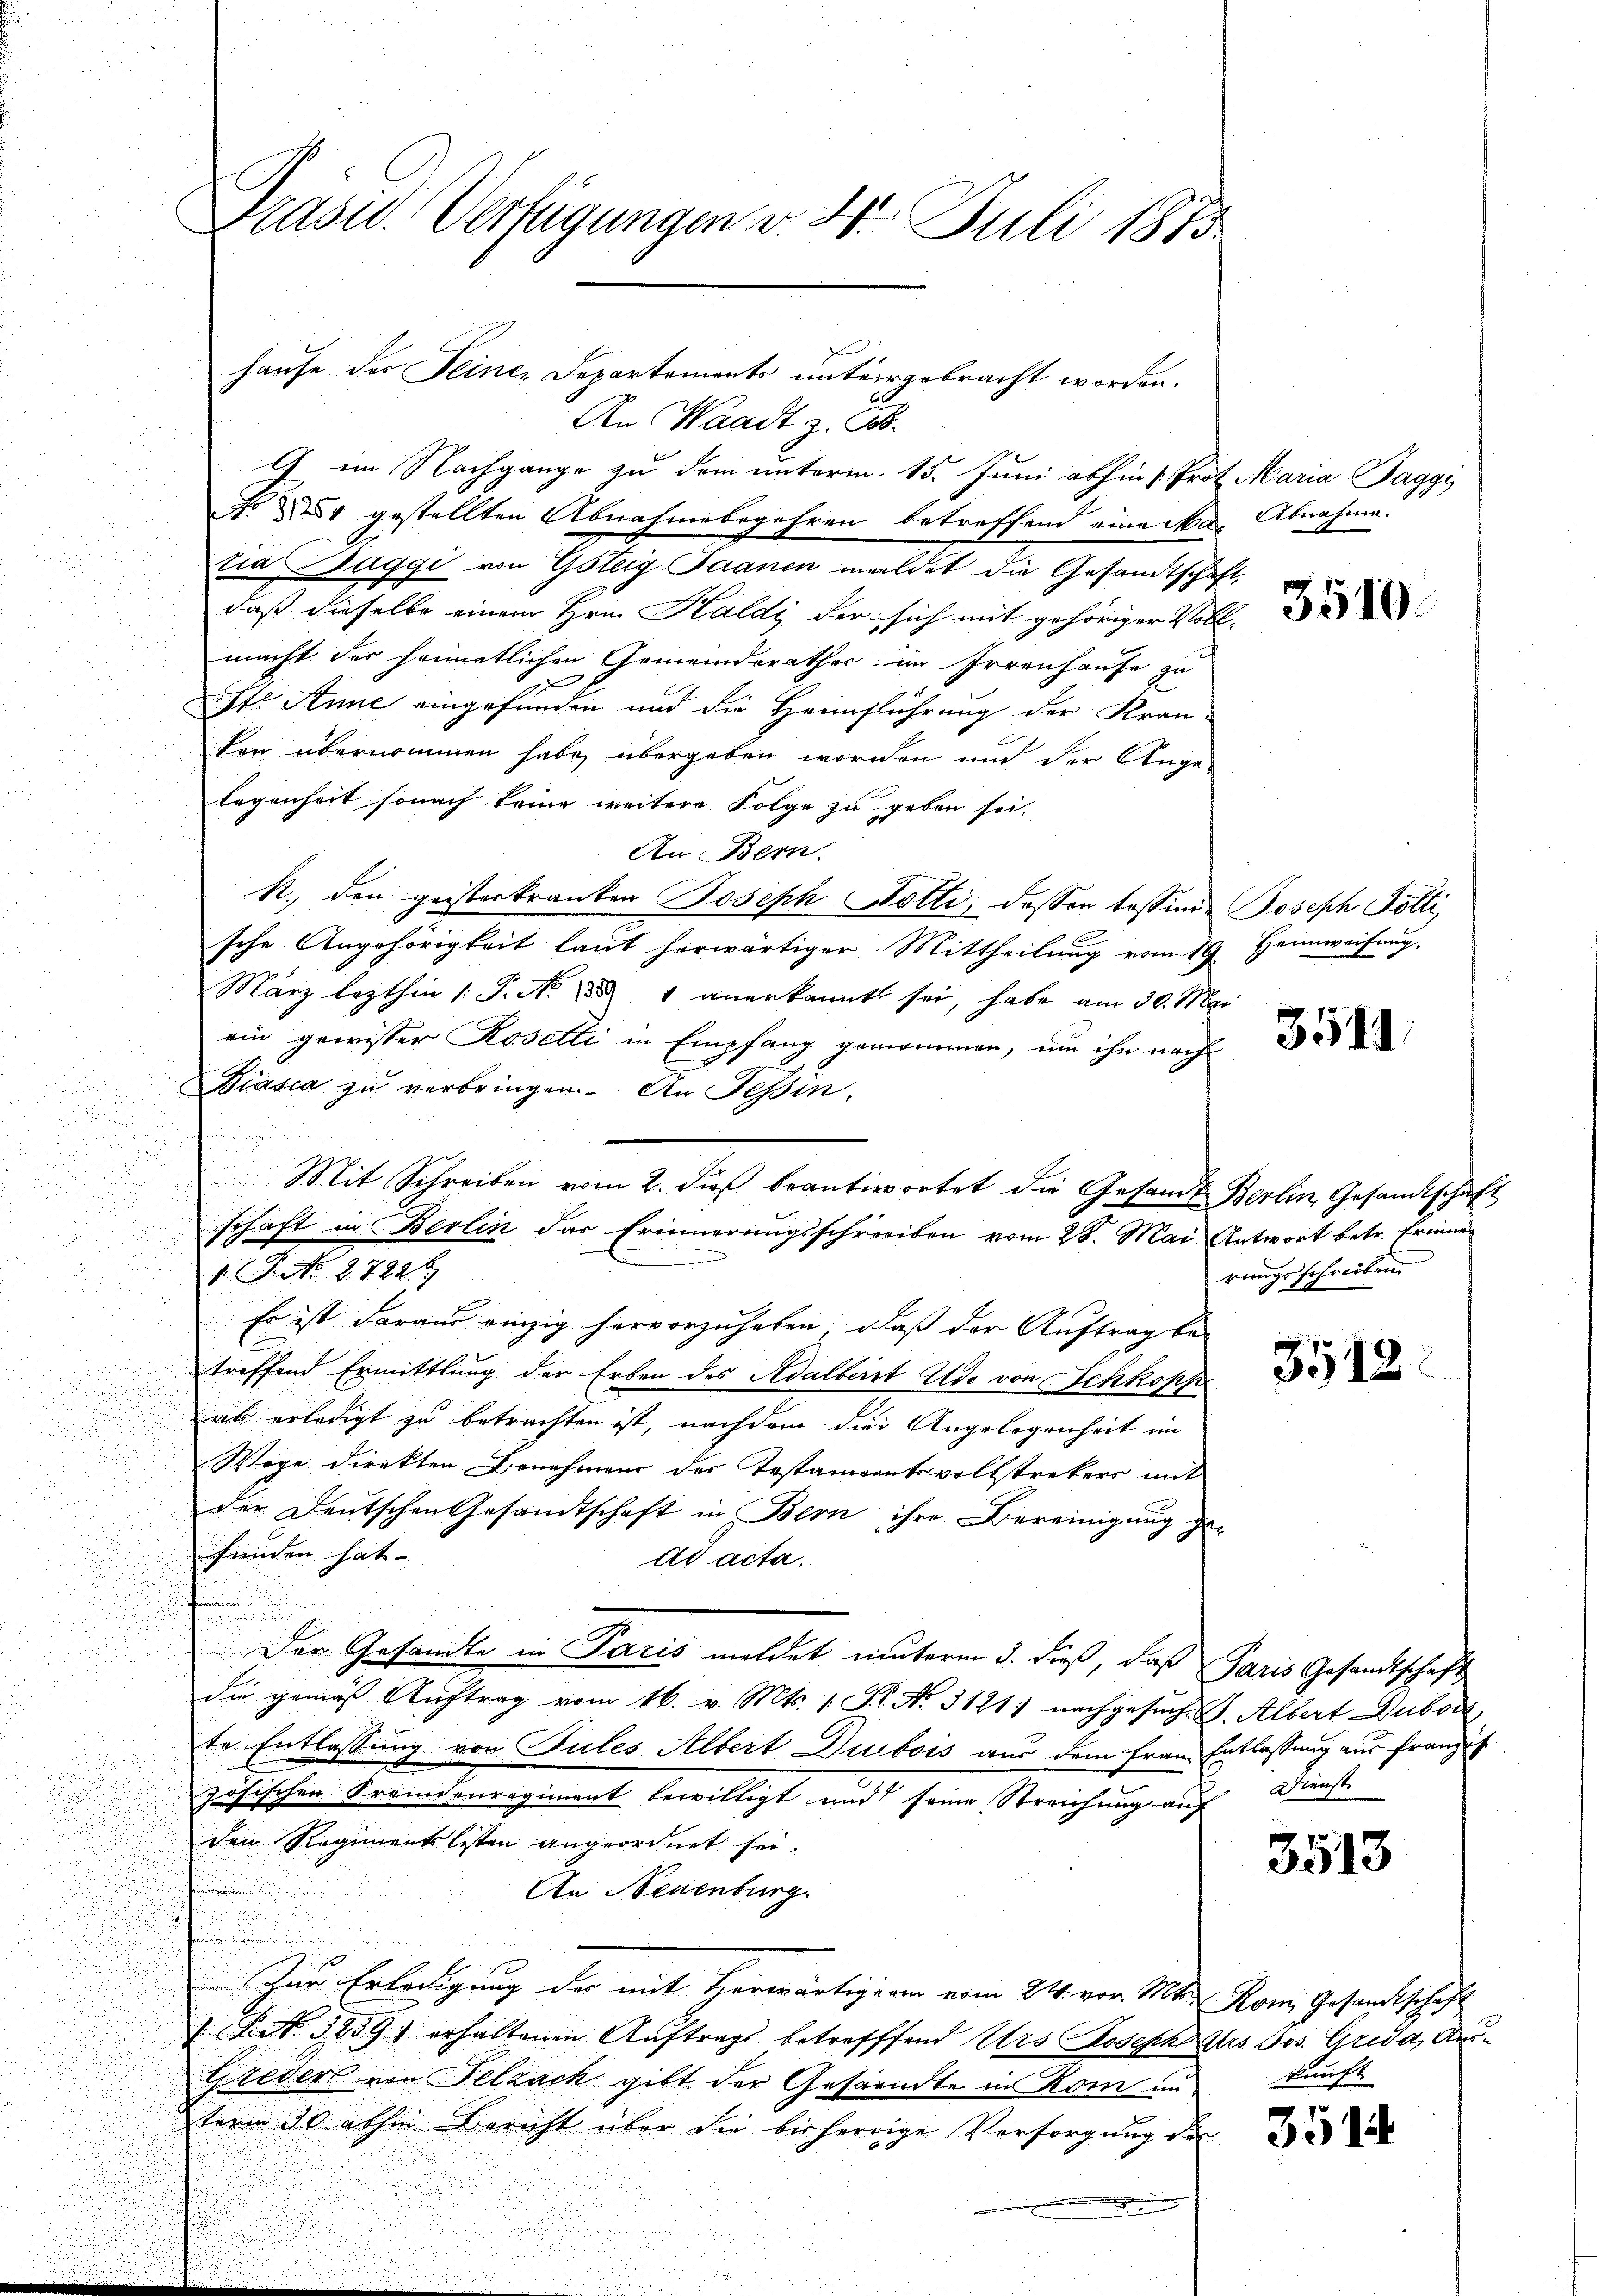
Präsid. Verfügungen v. 2. Juli 1875.

hause des Seiner Departements untergebracht worden.

An Waadt z. B.
G. im Nachgange zu dem unterm 15. Juni abhin 1. Prot. Maria Paggi
No 1 gestellten Abnahmebegehren betreffend eine Mai Abnahme.
tia Saggi von Gsteig Jaanen meldet die Gesandtschaft,
daß dieselbe einem Hrn. Haldi der sich mit gehöriger Voll-
macht der heimatlichen Gemeinderathes im Irrenhause zu
Str. Anne eingefunden und die Heimführung der Kran-
den übernommen habe, übergeben worden und der Ange-
legenheit sonach keine weitere Folge zu geben sei.
An Bern.
R., den geisterkranken Joseph Hotti, dessen lassende Joseph Pötti,
sche Angehörigkeit laut herwärtiger Mittheilŭng vom 19. Heimweisung
März lezthin /: P. No 155 1 anerkannt sei, habe am 30. Mar
ein gewisser Rosetli in Empfang genommen, um ihn nach
Biasca zŭ verbringen. An Tessin,
u
Mit Schreiben vom 2. dieß beantwortet die Gesandt Berlin, Gesandtschäft
u
schaft in Berlin das Erinnerungsschreiben vom 28. Mai Antwort betr. Erinne

n
.
V. P. No. 2. 722.
r
Er ist daraus einzig hervorzuheben, daß der Auftrag be-
treffend Ermittlung der Erben des Adalbert Udo von Schkopp
als erledigt zu betrachten ist, nachdem die Angelegenheit im
.
Wege direkten Benehmens der Testamentsvollstrekers mit
.
u
d
der Deutschen Gesandtschaft in Bern ihre Bereinigung ge-
feinden hat.
ad acta.
n
Der Gesandte in Paris meldet unterm 3. dieß, daß Paris Gesandtschaft
die gemäß Auftrag vom 16. v. Mts. 1 St. No. 3121) nachgesuch. S. Albert Dubois,
te Entlassung von Tules Albert Dubois aus dem Frau Entlassung aus franzis
zösischen Fremdenregiment bewilligt und seine Streichung auf
den Regimentslisten angeordnet sei.
An Neuenburg.
Der Erledigung der mit Herwärtigern vom 24. vor. Mt. Rom Gesandtschaft
 Pct. 1259) erhaltenen Aŭftrags betreffend Urs Joseph zers Jos. Greda, Aus¬
Greder von Pelzack gibt der Gesandte in Rom unkunft
term 30 abhin Bericht über die bisherige Versorgung der

3510.

3511.

rungsschreiben

3512

Dienst

3513

3514